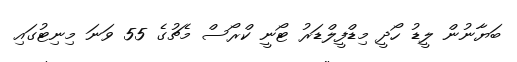
ބަޔާނުން ލީޑު ހޯދީ މިޑްފީލްޑަރު ޓޯނީ ކްރޯސް މެޗުގެ 55 ވަނަ މިނިޓުގައި